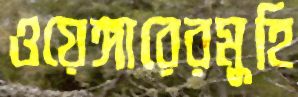
ওয়েঙ্গারেরমুহি